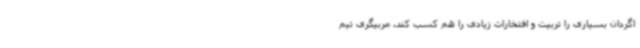
اگردان بسیاری را تربیت و افتخارات زیادی را هم کسب کند. مربیگری تیم